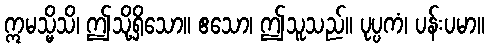
ဣမသ္မိသိ၊ ဤသို့ရှိသော။ ဧသော၊ ဤသူသည်။ ပုပ္ပကံ၊ ပန်းပမာ။